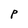
Character: P